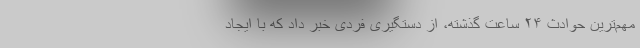
مهم‌ترین حوادث ۲۴ ساعت گذشته، از دستگیری فردی خبر داد که با ایجاد